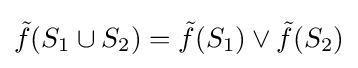
{\tilde {f}}(S_{1}\cup S_{2})={\tilde {f}}(S_{1})\vee {\tilde {f}}(S_{2})